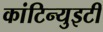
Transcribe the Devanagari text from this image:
कांटिन्युइटी